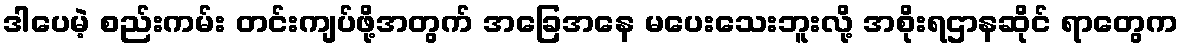
ဒါပေမဲ့ စည်းကမ်း တင်းကျပ်ဖို့အတွက် အခြေအနေ မပေးသေးဘူးလို့ အစိုးရဌာနဆိုင် ရာတွေက